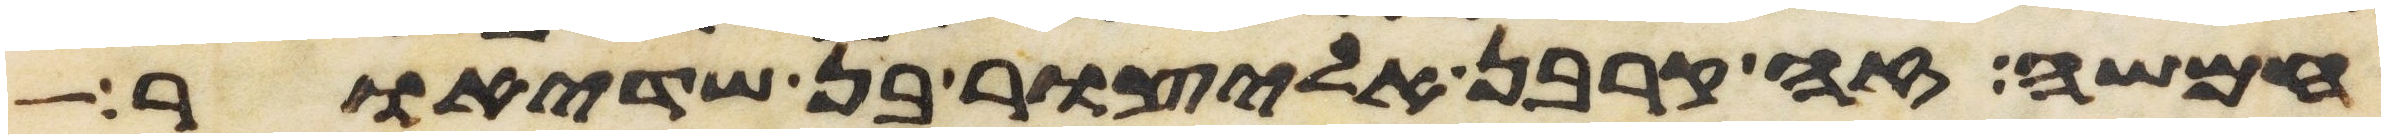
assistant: חמשה זה קרבן אליצור בן שדיאור